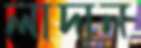
লাদান